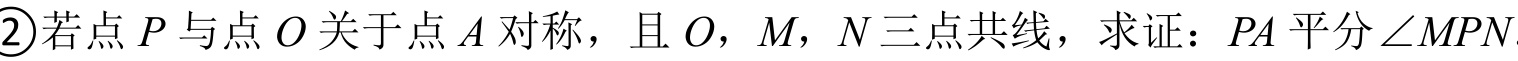
\textcircled{2}若点\(P\)与点\(O\)关于点\(A\)对称，且\(O\)，\(M\)，\(N\)三点共线，求证：\(PA\)平分\(\angle MPN\)